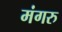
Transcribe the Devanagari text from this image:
मंगरु